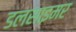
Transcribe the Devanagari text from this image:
डलसाइमर